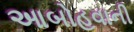
આબોહવાની